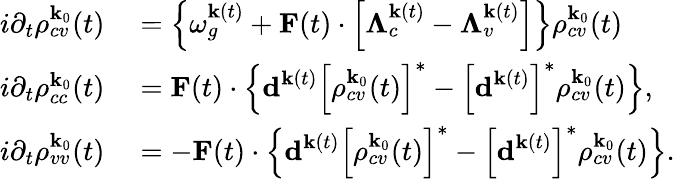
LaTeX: \begin{array}{rl}{i\partial_{t}\rho_{cv}^{\textbf{k}_{0}}(t)}&{{}=\left\{ \omega_{g}^{\textbf{k}(t)}+\textbf{F}(t)\cdot\left[\mathbf{\Lambda}_{c}^{\textbf{k}(t)}-\mathbf{\Lambda}_{v}^{\textbf{k}(t)}\right]\right\} \rho_{cv}^{\textbf{k}_{0}}(t)}\\ {i\partial_{t}\rho_{cc}^{\textbf{k}_{0}}(t)}&{{}=\textbf{F}(t)\cdot\left\{ \textbf{d}^{\textbf{k}(t)}\left[\rho_{cv}^{\textbf{k}_{0}}(t)\right]^{*}-\left[\textbf{d}^{\textbf{k}(t)}\right]^{*}\rho_{cv}^{\textbf{k}_{0}}(t)\right\} ,}\\ {i\partial_{t}\rho_{vv}^{\textbf{k}_{0}}(t)}&{{}=-\textbf{F}(t)\cdot\left\{ \textbf{d}^{\textbf{k}(t)}\left[\rho_{cv}^{\textbf{k}_{0}}(t)\right]^{*}-\left[\textbf{d}^{\textbf{k}(t)}\right]^{*}\rho_{cv}^{\textbf{k}_{0}}(t)\right\} .}\end{array}